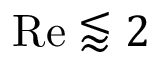
\mathrm { R e } \lessapprox 2